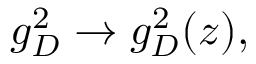
g _ { D } ^ { 2 } \rightarrow g _ { D } ^ { 2 } ( z ) ,